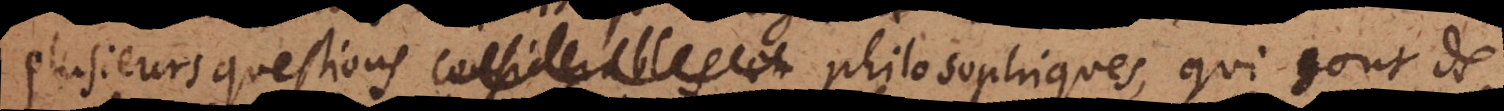
plusieurs questions considerables et philosophiques, qui sont de